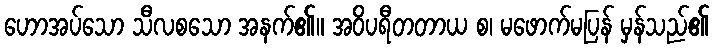
ဟောအပ်သော သီလစသော အနက်၏။ အဝိပရီတတာယ စ၊ မဖောက်မပြန် မှန်သည်၏